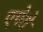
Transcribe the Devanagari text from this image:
एपेरो